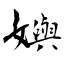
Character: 嬩